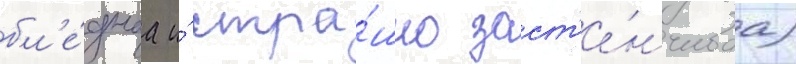
бл'е́днаа и́ стра́шно заст'е́нчиваа)